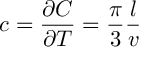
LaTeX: c = \frac { \partial C } { \partial T } = \frac { \pi } { 3 } \frac { l } { v }